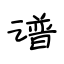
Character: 谱